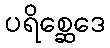
ပရိစ္ဆေဒေ